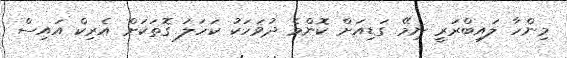
މިންހާ ލައިބްރަރީ ނިމޭ ގަޑިއަށް ކޮންމެ ދުވަހަކު ކަހަލަ ގޮތަކަށް އެރިކް އައިސް